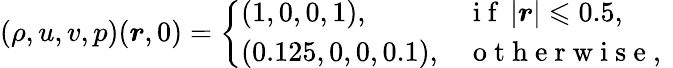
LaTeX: (\rho,u,v,p)(\boldsymbol{r},0)=\left\{ \begin{array}{ll}{\left(1,0,0,1\right),}&{\mathrm{~i~f~}\left|\boldsymbol{r}\right|\leqslant 0.5,}\\ {\left(0.125,0,0,0.1\right),}&{\mathrm{~o~t~h~e~r~w~i~s~e~,~}}\end{array}\right.